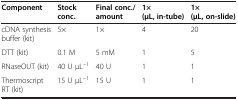
<table><thead><tr><td><b>Component</b></td><td><b>Stock conc.</b></td><td><b>Final conc./amount</b></td><td><b>1× (μL, in-tube)</b></td><td><b>1× (μL, on-slide)</b></td></tr></thead><tbody><tr><td>cDNA synthesis buffer (kit)</td><td>5×</td><td>1×</td><td>4</td><td>20</td></tr><tr><td>DTT (kit)</td><td>0.1 M</td><td>5 mM</td><td>1</td><td>5</td></tr><tr><td>RNaseOUT (kit)</td><td>40 U μL<sup>−1</sup></td><td>40 U</td><td>1</td><td>1</td></tr><tr><td>Thermoscript RT (kit)</td><td>15 U μL<sup>−1</sup></td><td>15 U</td><td>1</td><td>1</td></tr></tbody></table>